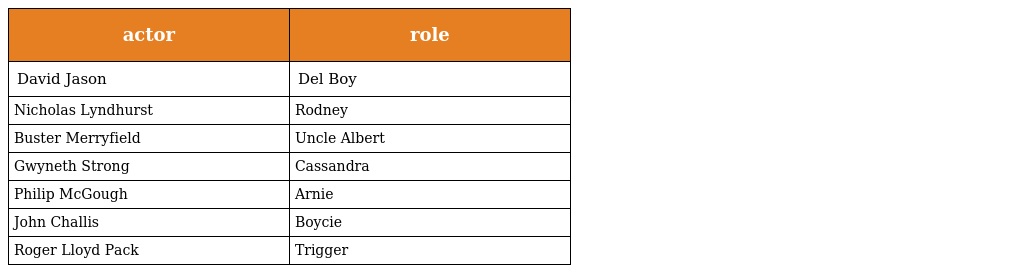
| actor | role |
 | --- | --- |
 | David Jason | Del Boy |
 | Nicholas Lyndhurst | Rodney |
 | Buster Merryfield | Uncle Albert |
 | Gwyneth Strong | Cassandra |
 | Philip McGough | Arnie |
 | John Challis | Boycie |
 | Roger Lloyd Pack | Trigger |